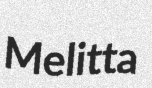
Melitta